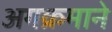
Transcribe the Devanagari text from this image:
अगक्रमाने